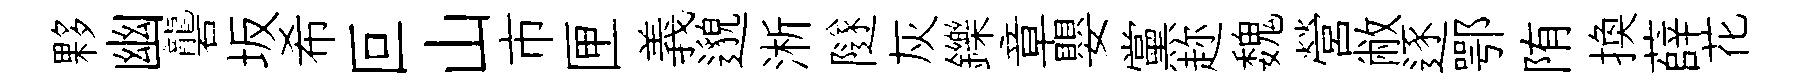
夥幽礱坂希叵山市匣義邈淅隧灰鑠章嬰黨趂魏營敝逐鄂陏换薛花